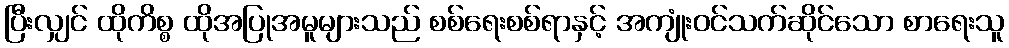
ပြီးလျှင် ထိုကိစ္စ ထိုအပြုအမူများသည် စစ်ရေးစစ်ရာနှင့် အကျုံးဝင်သက်ဆိုင်သော စာရေးသူ